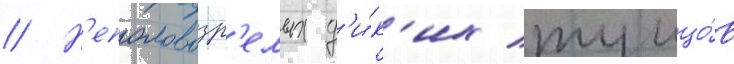
// Н'еполовозр'елых д'и́к'их тунцо́в